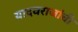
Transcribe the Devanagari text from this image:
यादवराजांची